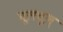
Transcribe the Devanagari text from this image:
मूलभूल्